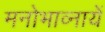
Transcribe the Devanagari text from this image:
मनोभाव्नायें